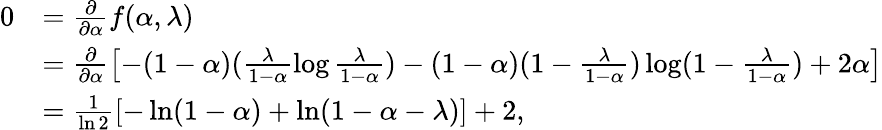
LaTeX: \begin{array}{rl}{0}&{=\frac{\partial}{\partial\alpha}f(\alpha,\lambda)}\\ &{=\frac{\partial}{\partial\alpha}\left[-(1-\alpha)(\frac{\lambda}{1-\alpha}\log\frac{\lambda}{1-\alpha})-(1-\alpha)(1-\frac{\lambda}{1-\alpha})\log(1-\frac{\lambda}{1-\alpha})+2\alpha\right]}\\ &{=\frac{1}{\ln 2}\left[-\ln(1-\alpha)+\ln(1-\alpha-\lambda)\right]+2,}\end{array}